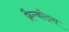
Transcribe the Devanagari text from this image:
फ्रैन्कोइस